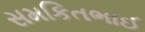
સમકિતભાઈ